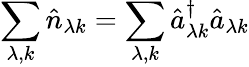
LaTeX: \sum_{\lambda,k}\hat{n}_{\lambda k}=\sum_{\lambda,k}\hat{a}_{\lambda k}^{\dagger}\hat{a}_{\lambda k}